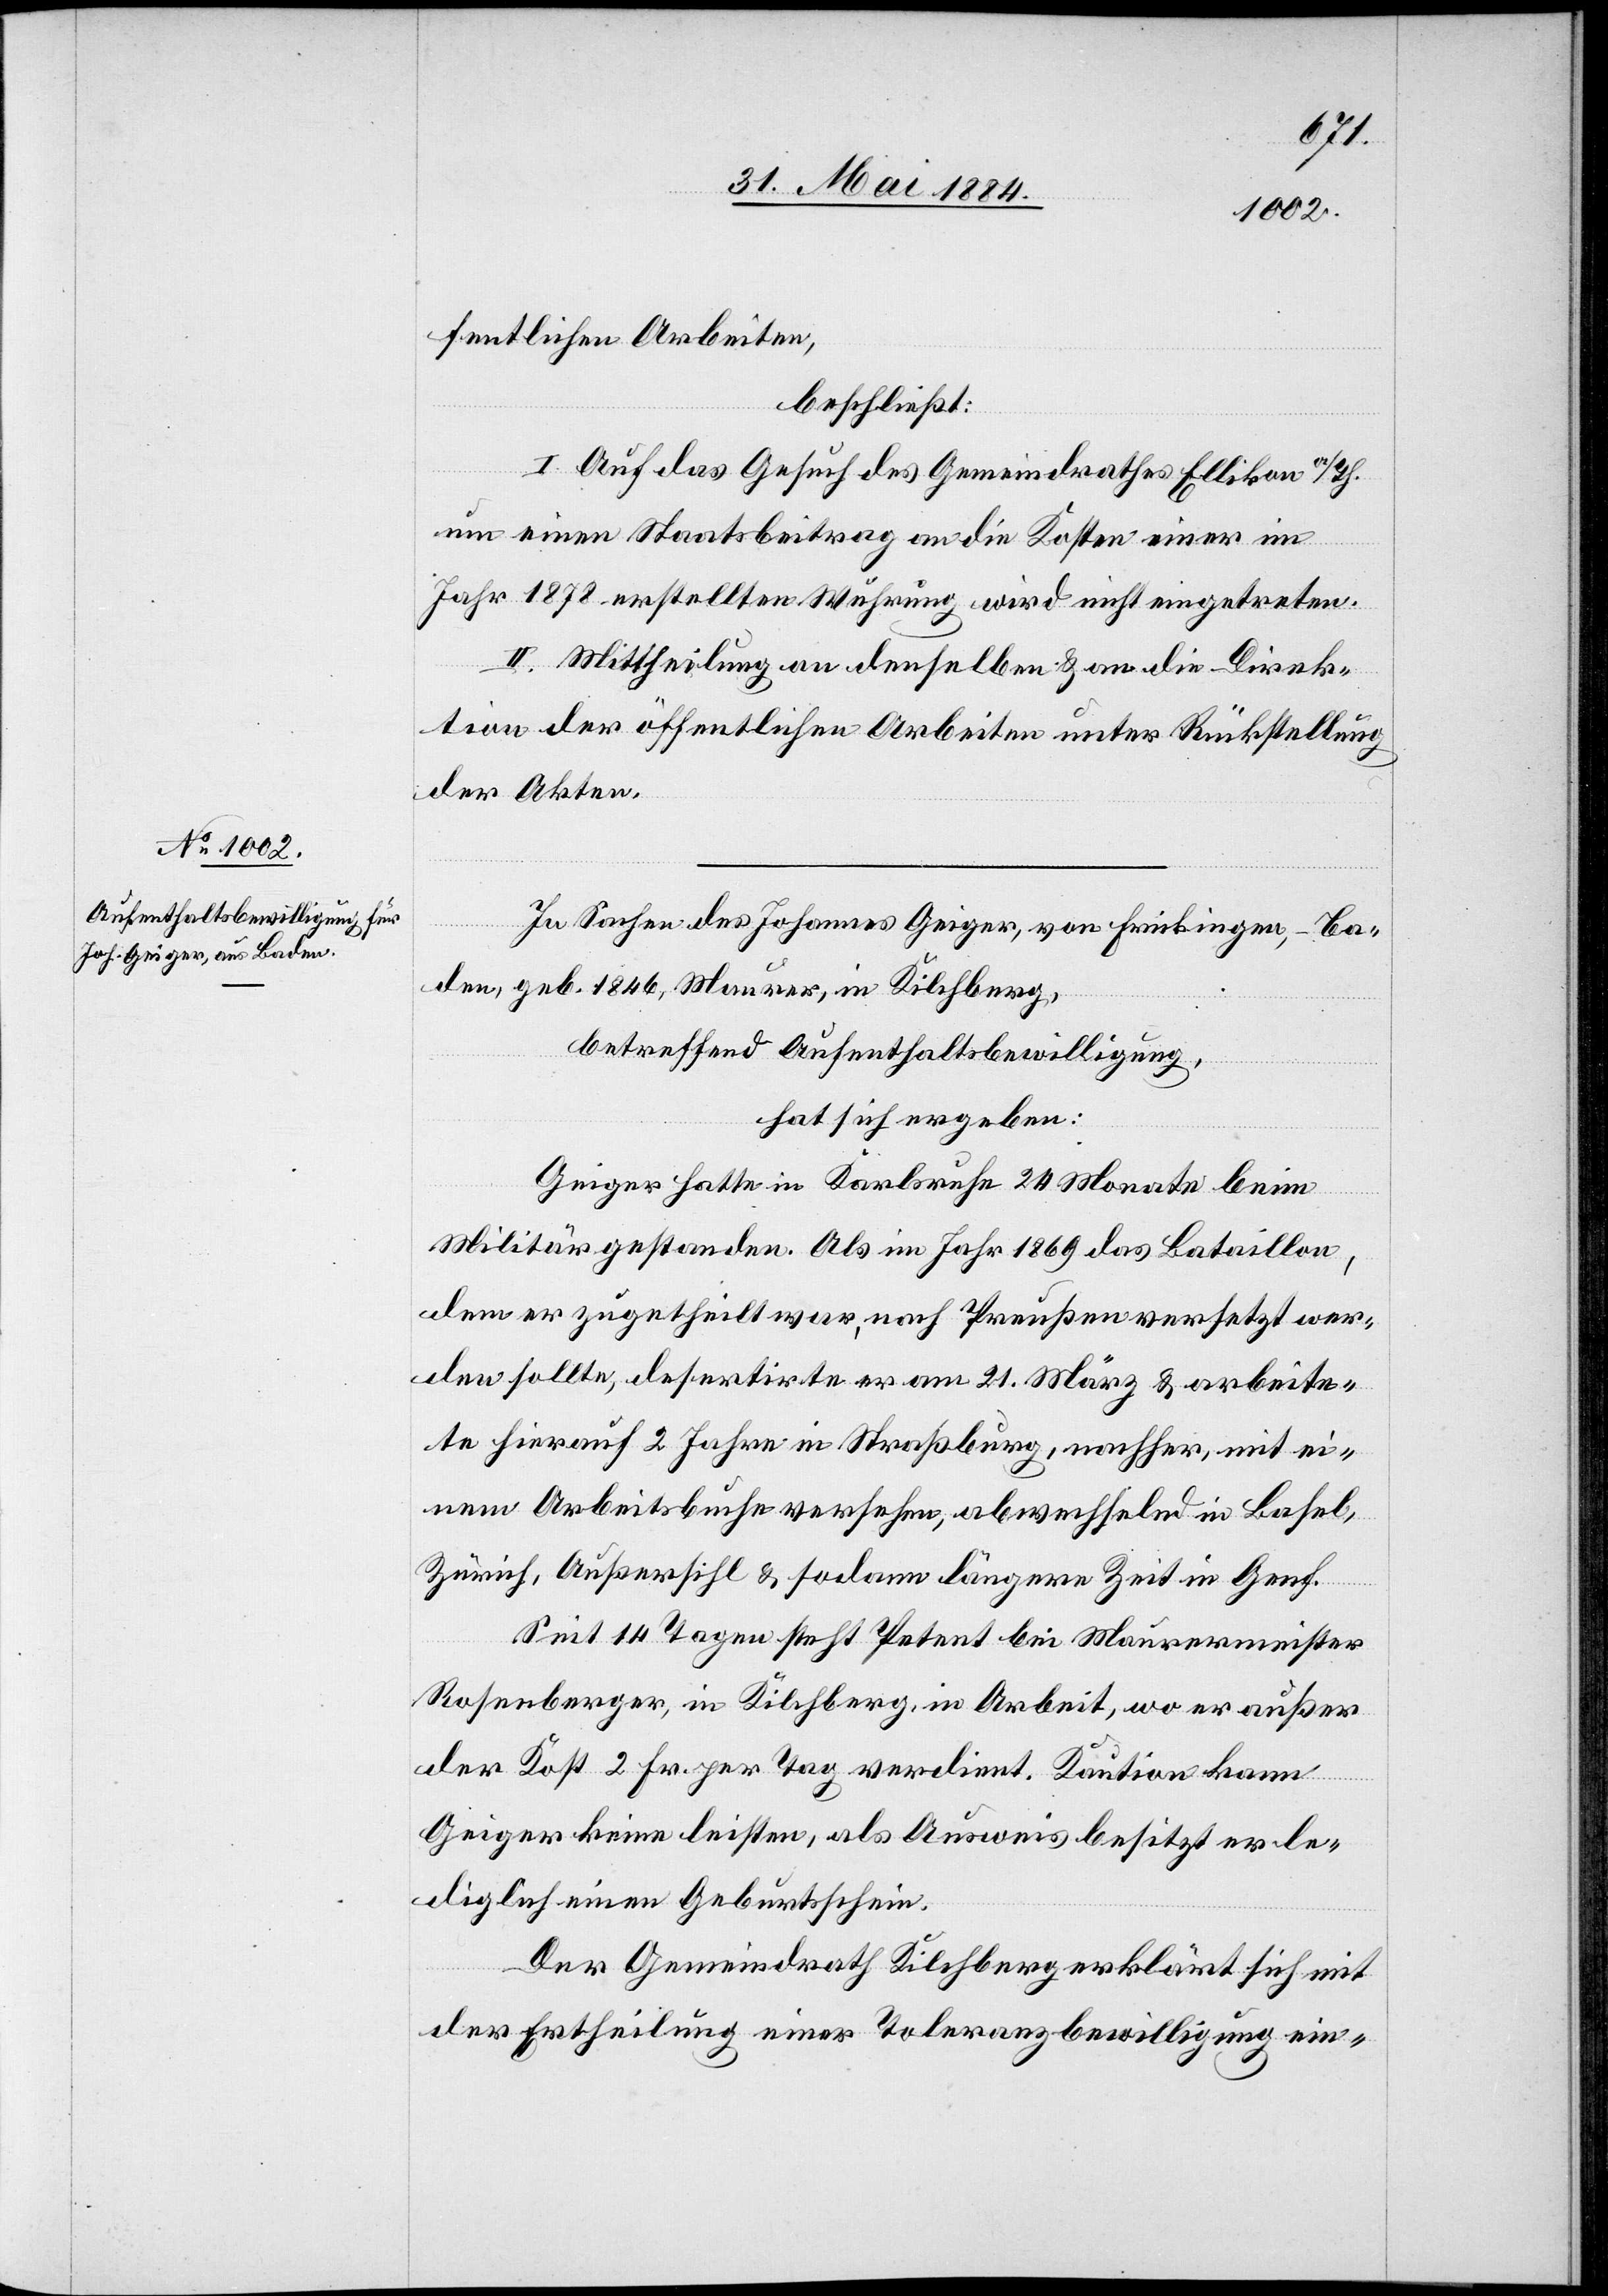
fentlichen Arbeiten,
beschließt:
I. Auf das Gesuch des Gemeindrathes Ellikon a/Th.
um einen Staatsbeitrag an die Kosten einer im
Jahr 1878 erstellten Wuhrung wird nicht eingetreten.
II. Mittheilung an denselben & an die Direk¬
tion der öffentlichen Arbeiten unter Rückstellung
der Akten.
In Sachen Johannes Geiger, von Frickingen, - Ba¬
den, geb. 1864, Maurer, in Kilchberg,
betreffend Aufenthaltsbewilligung,
hat sich ergeben:
Geiger hatte in Karlsruhe 24 Monate beim
Militär gestanden. Als im Jahr 1869 das Bataillon,
dem er zugetheilt war, nach Preußen versetzt wer¬
den sollte, desertirte er am 21. März & arbeite¬
te hierauf 2 Jahre in Straßburg, nachher, mit ei¬
nem Arbeitsbuche versehen, abwechselnd in Basel,
Zürich, Außersihl& sodann längere Zeit in Genf.
Seit 14 Tagen steht Petent bei Maurermeister
Rosenberger, in Kilchsberg, in Arbeit, wo er auß¬
er Kost 2 Fr. per Tag verdient. Kaution kann
Geiger keine leisten, als Ausweis besitzt er le¬
diglich einen Geburtsschein.
Der Gemeindrath Kilchsberg erklärt sich mit
der Ertheilung einer Toleranzbewilligung ein-